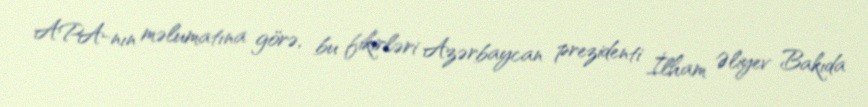
APA-nın məlumatına görə, bu fikirləri Azərbaycan prezidenti İlham Əliyev Bakıda